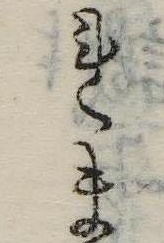
れま